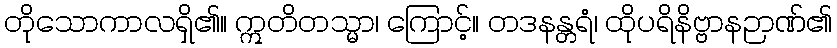
တိုသောကာလရှိ၏။ ဣတိတသ္မာ၊ ကြောင့်။ တဒနန္တရံ၊ ထိုပရိနိဗ္ဗာနဉာဏ်၏